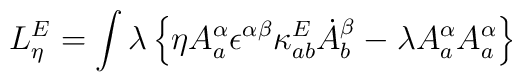
L_\eta^E =\int \lambda\left\{\eta A^\alpha_a \epsilon^{\alpha\beta}\kappa_{ab}^E\dot{A}^\beta_b- \lambda A_a^\alpha A_a^\alpha\right\}